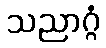
သညာဂ္ဂံ